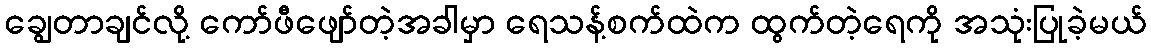
ချွေတာချင်လို့ ကော်ဖီဖျော်တဲ့အခါမှာ ရေသန့်စက်ထဲက ထွက်တဲ့ရေကို အသုံးပြုခဲ့မယ်